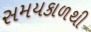
સમયકાળથી